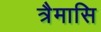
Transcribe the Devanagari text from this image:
त्रैमासि